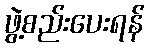
ဖွဲ့စည်းပေးရန်